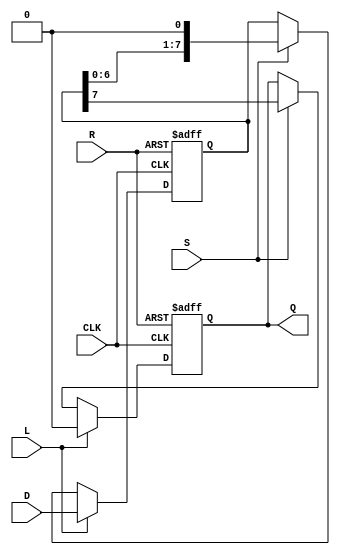
module PISO_Register (
    input wire [7:0] D,    // 8-bit data input
    input wire L,          // Load control signal
    input wire S,          // Shift control signal
    input wire CLK,        // Clock signal
    input wire R,          // Asynchronous reset signal
    output reg Q           // Serial output
);

    reg [7:0] shift_reg;   // Internal shift register

    always @(posedge CLK or posedge R) begin
        if (R) begin
            // Asynchronous reset
            shift_reg <= 8'b0;
            Q <= 1'b0;      // Reset serial output as well
        end else begin
            if (L) begin
                // Load data into the shift register
                shift_reg <= D;
                Q <= 1'b0;  // Output can be set to zero or any value you prefer
            end else if (S) begin
                // Shift operation
                Q <= shift_reg[7]; // Output the MSB
                shift_reg <= {shift_reg[6:0], 1'b0}; // Shift left and fill LSB with zero
            end
            // If neither L nor S is asserted, maintain current state
        end
    end

endmodule